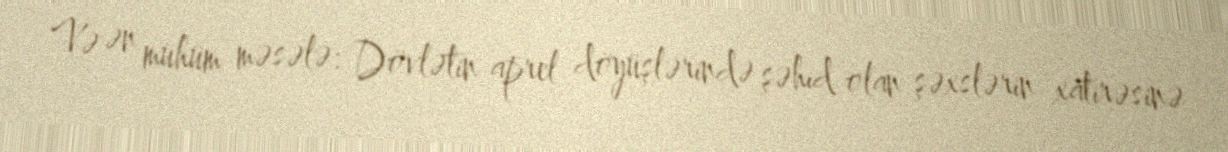
Və ən mühüm məsələ: Dövlətin aprel döyüşlərində şəhid olan şəxslərin xatirəsinə